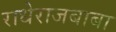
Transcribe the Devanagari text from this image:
राधेराजबाबा